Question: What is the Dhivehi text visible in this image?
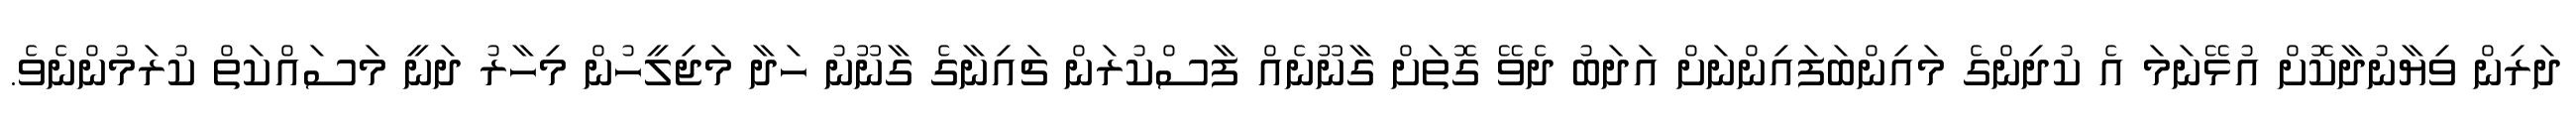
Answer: ދަރިން ވިޔާނުދާކޮށް އުޅޭނަމަ އެ ކުދިންގެ މައިންބަފައިންނަށް އަދަބު ދެވޭ ގޮތަށް ގާނޫނެއް ފާސްކުރަން ޗައިނާގެ ގާނޫނު ހަދާ މަޖިލީހުން މިހާރު ދަނީ މަސައްކަތް ކުރަމުންނެވެ.